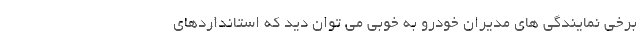
برخی نمایندگی های مدیران خودرو به خوبی می توان دید که استانداردهای